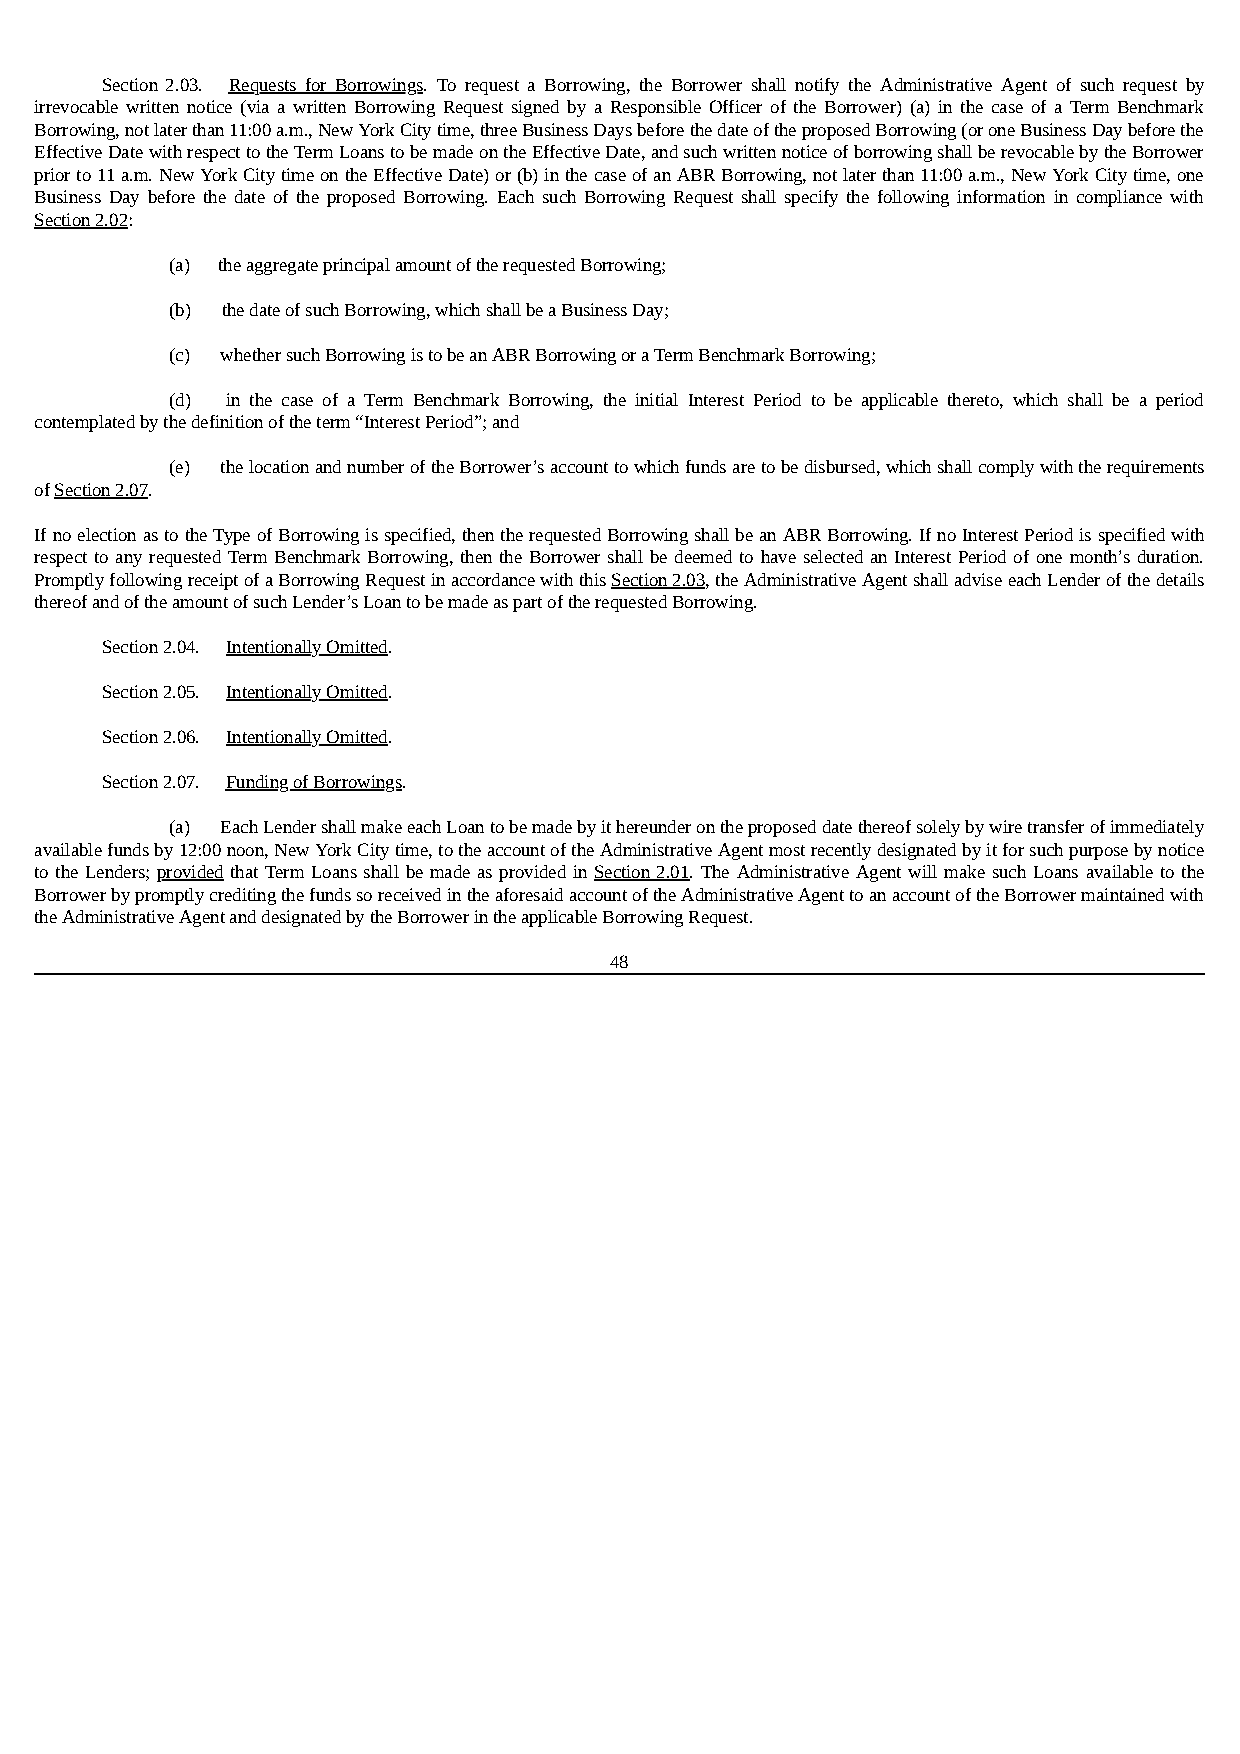
Section 2.03. Requests for Borrowings. To request a Borrowing, the Borrower shall notify the Administrative Agent of such request by
 irrevocable written notice (via a written Borrowing Request signed by a Responsible Officer of the Borrower) (a) in the case of a Term Benchmark
 Borrowing, not later than 11:00 a.m., New York City time, three Business Days before the date of the proposed Borrowing (or one Business Day before the
 Effective Date with respect to the Term Loans to be made on the Effective Date, and such written notice of borrowing shall be revocable by the Borrower
 prior to 11 a.m. New York City time on the Effective Date) or (b) in the case of an ABR Borrowing, not later than 11:00 a.m., New York City time, one
 Business Day before the date of the proposed Borrowing. Each such Borrowing Request shall specify the following information in compliance with
 Section 2.02:
 (a) the aggregate principal amount of the requested Borrowing;
 (b) the date of such Borrowing, which shall be a Business Day;
 (c) whether such Borrowing is to be an ABR Borrowing or a Term Benchmark Borrowing;
 (d) in the case of a Term Benchmark Borrowing, the initial Interest Period to be applicable thereto, which shall be a period
 contemplated by the definition of the term “Interest Period”; and
 (e) the location and number of the Borrower’s account to which funds are to be disbursed, which shall comply with the requirements
 of Section 2.07.
 If no election as to the Type of Borrowing is specified, then the requested Borrowing shall be an ABR Borrowing. If no Interest Period is specified with
 respect to any requested Term Benchmark Borrowing, then the Borrower shall be deemed to have selected an Interest Period of one month’s duration.
 Promptly following receipt of a Borrowing Request in accordance with this Section 2.03, the Administrative Agent shall advise each Lender of the details
 thereof and of the amount of such Lender’s Loan to be made as part of the requested Borrowing.
 Section 2.04. Intentionally Omitted.
 Section 2.05. Intentionally Omitted.
 Section 2.06. Intentionally Omitted.
 Section 2.07. Funding of Borrowings.
 (a) Each Lender shall make each Loan to be made by it hereunder on the proposed date thereof solely by wire transfer of immediately
 available funds by 12:00 noon, New York City time, to the account of the Administrative Agent most recently designated by it for such purpose by notice
 to the Lenders; provided that Term Loans shall be made as provided in Section 2.01. The Administrative Agent will make such Loans available to the
 Borrower by promptly crediting the funds so received in the aforesaid account of the Administrative Agent to an account of the Borrower maintained with
 the Administrative Agent and designated by the Borrower in the applicable Borrowing Request.
 48